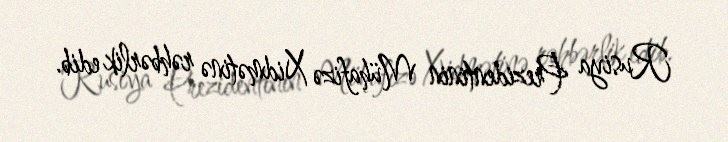
Rusiya Prezidentinin Mühafizə Xidmətinə rəhbərlik edib.